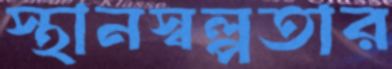
স্থানস্বল্পতার